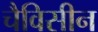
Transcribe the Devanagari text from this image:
चैविसीन